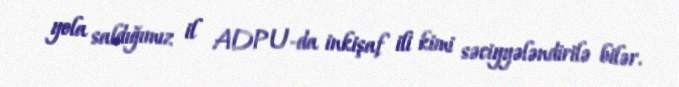
yola saldığımız il ADPU-da inkişaf ili kimi səciyyələndirilə bilər.